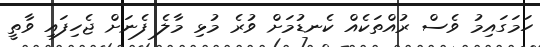
ހަމަގައިމު ވެސް ރުއްތަކެއް ކެނޑުމަށް ވުރެ މުޅި މާލެ ފެނަށް ޖެހިފައި ވާތީ